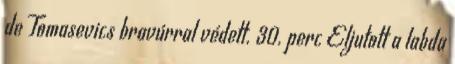
de Tomasevics bravúrral védett. 30. perc Eljutott a labda